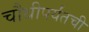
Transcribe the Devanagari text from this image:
चौथीपर्यंतची